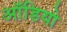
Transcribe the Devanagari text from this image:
आॅडियो